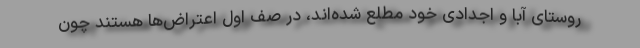
روستای آبا و اجدادی خود مطلع شده‌اند، در صف اول اعتراض‌ها هستند چون